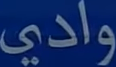
وادي